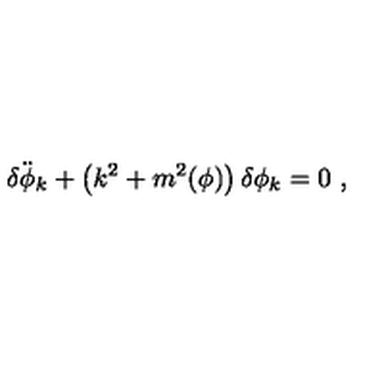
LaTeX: \ddot { \delta \phi _ { k } } + \left( k ^ { 2 } + m ^ { 2 } ( \phi ) \right) \delta \phi _ { k } = 0 \ ,